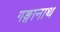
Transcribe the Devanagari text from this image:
गङ्गानाथ